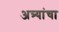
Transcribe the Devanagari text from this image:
अत्र्यांचा